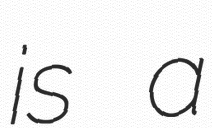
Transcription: is a